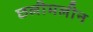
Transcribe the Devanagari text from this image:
छलीमलीन